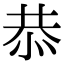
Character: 恭